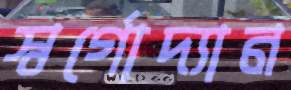
স্বর্গোদ্যান